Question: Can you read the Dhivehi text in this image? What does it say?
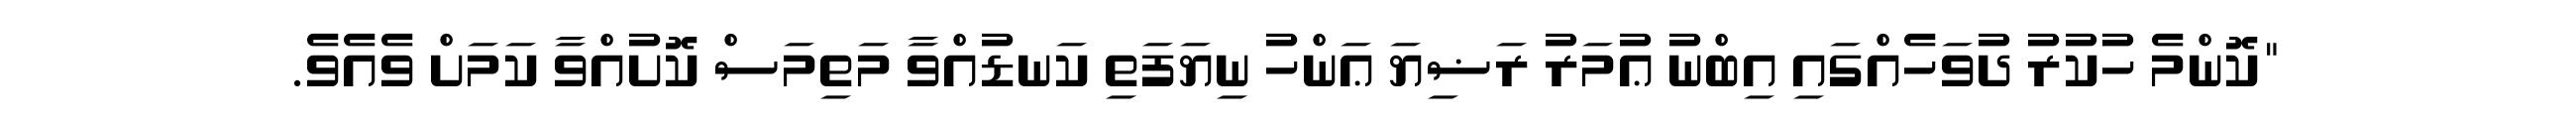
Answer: "ކޮންމެ ހުކުރު ދުވަހެއްގައި އިބްނު ޢުމަރު ރަޟިޔަ ޢަންހު ނިޔަފަތި ކަނޑުއްވާ މަތިމަސް ކޮށުއްވާ ކަމަށް ވެއެވެ.